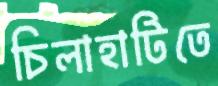
চিলাহাটিতে